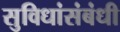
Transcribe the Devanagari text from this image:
सुविधांसंबंधी